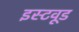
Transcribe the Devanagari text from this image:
इस्टवूड